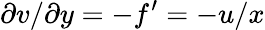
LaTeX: \partial v/\partial y=-f^{\prime}=-u/x